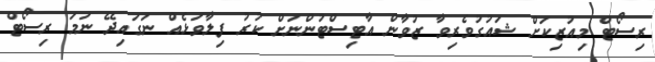
ރިސޯޓް މިއުޒިކަށް ޝައުގުވެރިވާ ޒުވާން އާޓިސްޓުންނަށް ކުރު ފިލާވަޅެއް ނަގައިދޭ ނަމަ ރިސޯޓް